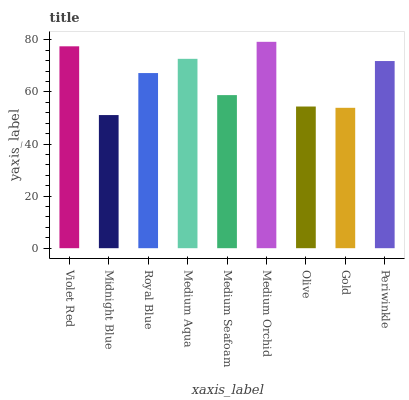
| xaxis_label | bars |
 | --- | --- |
 | Violet Red | 77.5 |
 | Midnight Blue | 51.1 |
 | Royal Blue | 67.3 |
 | Medium Aqua | 72.7 |
 | Medium Seafoam | 58.8 |
 | Medium Orchid | 79.3 |
 | Olive | 54.4 |
 | Gold | 53.9 |
 | Periwinkle | 71.9 |